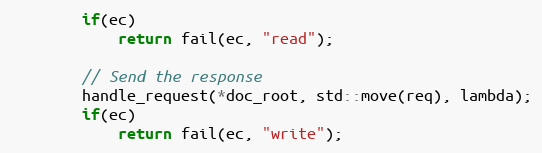
Language: C++
        if(ec)
            return fail(ec, "read");

        // Send the response
        handle_request(*doc_root, std::move(req), lambda);
        if(ec)
            return fail(ec, "write");